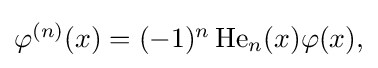
{\textstyle \varphi ^{(n)}(x)=(-1)^{n}\operatorname {He} _{n}(x)\varphi (x),}